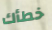
خطأك